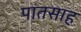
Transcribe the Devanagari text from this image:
पातसाह